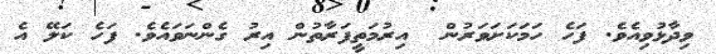
ވިދާޅުވިއެވެ. ފަހެ ހަމަކަށަވަރުން  އިރުމަތީފަރާތުން އިރު ގެންނަވައެވެ. ފަހެ ކަލޭ އެ